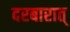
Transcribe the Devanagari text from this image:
दरबारात्